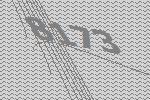
8173